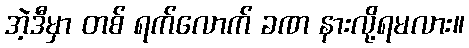
အဲ့ဒီမှာ တစ် ရက်လောက် ခဏ နားလို့ရမလား။